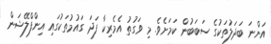
އަންނަ ބަދަލުތަކުގެ ސަބަބުން ކަމަށެވެ. މި ވަގުތު އެމެރިކާ ފަދަ ގައުމުތަކުގައި އިންފްލޭޝަން